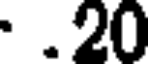
.20